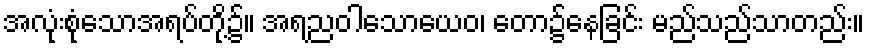
အလုံးစုံသောအရပ်တို့၌။ အရညဝါသောယေဝ၊ တော၌နေခြင်း မည်သည်သာတည်း။